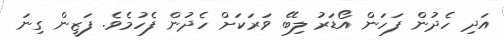
އަދި ހެދުން ފަހަން އޯޑަރު ލިބޭ ވަރަކަށް ހެދުން ފެހުމެވެ. ފަޒީން ގިނަ